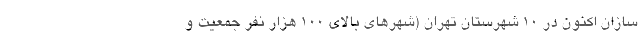
سازان اکنون در ۱۰ شهرستان تهران (شهرهای بالای ۱۰۰ هزار نفر جمعیت و